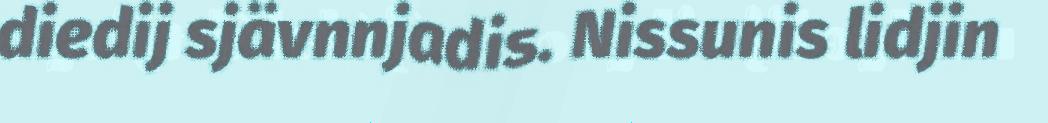
diedij sjävnnjadis. Nissunis lidjin